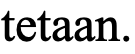
tetaan.